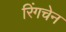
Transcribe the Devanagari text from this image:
रिंगचेन